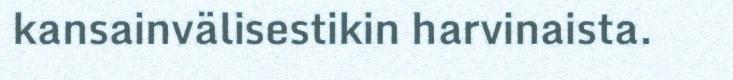
kansainvälisestikin harvinaista.